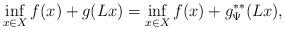
LaTeX: \begin{align*}\inf_{x\in X} f(x) + g(Lx) =\inf_{x\in X} f(x) + g^{**}_\Psi (Lx),\end{align*}